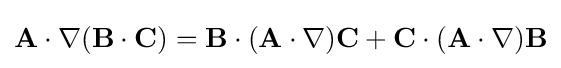
\mathbf {A} \cdot \nabla (\mathbf {B} \cdot \mathbf {C} )=\mathbf {B} \cdot (\mathbf {A} \cdot \nabla )\mathbf {C} +\mathbf {C} \cdot (\mathbf {A} \cdot \nabla )\mathbf {B}